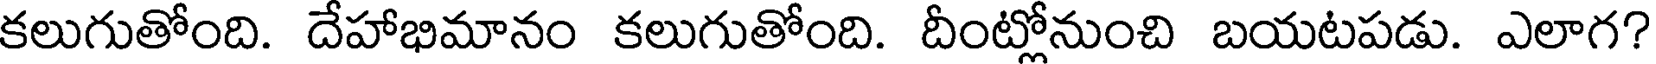
కలుగుతోంది. దేహాభిమానం కలుగుతోంది. దీంట్లోనుంచి బయటపడు. ఎలాగ?